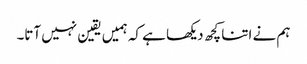
ہم نے اتنا کچھ دیکھا ہے کہ ہمیں یقین نہیں آتا۔